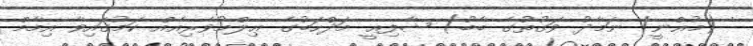
' (މުޣްނީ/ ނަމާދު ވަގުތުގެ ބާބު) ޝާފިޢީ މަޛްހަބުގެ ޢިލްމުވެރިއެއް ކަމުގައިވާ އިމާމް